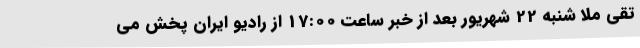
تقی ملا شنبه 22 شهریور بعد از خبر ساعت 17:00 از رادیو ایران پخش می